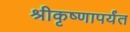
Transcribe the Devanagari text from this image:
श्रीकृष्णापर्यंत